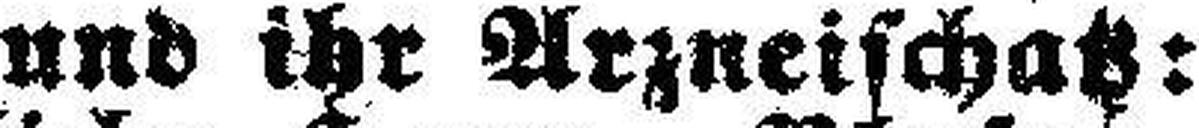
und ihr Arzneischatz: